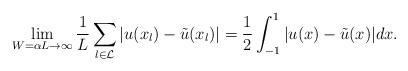
LaTeX: \begin{align*} \lim_{W=\alpha L\to\infty}\frac{1}{L}\sum_{l\in\mathcal{L}}|u(x_{l}) - \tilde{u}(x_{l})| = \frac{1}{2}\int_{-1}^{1}|u(x)-\tilde{u}(x)|dx. \end{align*}